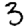
Digit: 3